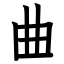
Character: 曲